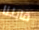
قابلنا